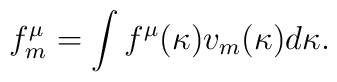
f_m^\mu=\int f^\mu(\kappa)v_m(\kappa)d\kappa.